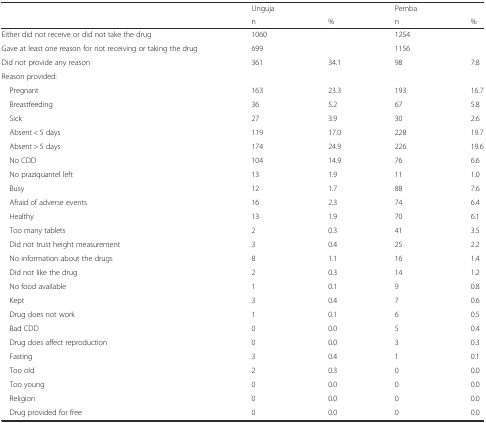
<table><thead><tr><td>[EMPTY_CELL]</td><td><b>Unguja</b></td><td>[EMPTY_CELL]</td><td><b>Pemba</b></td><td>[EMPTY_CELL]</td></tr><tr><td>[EMPTY_CELL]</td><td><b>n</b></td><td><b>%</b></td><td><b>n</b></td><td><b>%</b></td></tr></thead><tbody><tr><td>Either did not receive or did not take the drug</td><td>1060</td><td>[EMPTY_CELL]</td><td>1254</td><td>[EMPTY_CELL]</td></tr><tr><td>Gave at least one reason for not receiving or taking the drug</td><td>699</td><td>[EMPTY_CELL]</td><td>1156</td><td>[EMPTY_CELL]</td></tr><tr><td>Did not provide any reason</td><td>361</td><td>34.1</td><td>98</td><td>7.8</td></tr><tr><td colspan="5">Reason provided:</td></tr><tr><td> Pregnant</td><td>163</td><td>23.3</td><td>193</td><td>16.7</td></tr><tr><td> Breastfeeding</td><td>36</td><td>5.2</td><td>67</td><td>5.8</td></tr><tr><td> Sick</td><td>27</td><td>3.9</td><td>30</td><td>2.6</td></tr><tr><td> Absent &lt; 5 days</td><td>119</td><td>17.0</td><td>228</td><td>19.7</td></tr><tr><td> Absent &gt; 5 days</td><td>174</td><td>24.9</td><td>226</td><td>19.6</td></tr><tr><td> No CDD</td><td>104</td><td>14.9</td><td>76</td><td>6.6</td></tr><tr><td> No praziquantel left</td><td>13</td><td>1.9</td><td>11</td><td>1.0</td></tr><tr><td> Busy</td><td>12</td><td>1.7</td><td>88</td><td>7.6</td></tr><tr><td> Afraid of adverse events</td><td>16</td><td>2.3</td><td>74</td><td>6.4</td></tr><tr><td> Healthy</td><td>13</td><td>1.9</td><td>70</td><td>6.1</td></tr><tr><td> Too many tablets</td><td>2</td><td>0.3</td><td>41</td><td>3.5</td></tr><tr><td> Did not trust height measurement</td><td>3</td><td>0.4</td><td>25</td><td>2.2</td></tr><tr><td> No information about the drugs</td><td>8</td><td>1.1</td><td>16</td><td>1.4</td></tr><tr><td> Did not like the drug</td><td>2</td><td>0.3</td><td>14</td><td>1.2</td></tr><tr><td> No food available</td><td>1</td><td>0.1</td><td>9</td><td>0.8</td></tr><tr><td> Kept</td><td>3</td><td>0.4</td><td>7</td><td>0.6</td></tr><tr><td> Drug does not work</td><td>1</td><td>0.1</td><td>6</td><td>0.5</td></tr><tr><td> Bad CDD</td><td>0</td><td>0.0</td><td>5</td><td>0.4</td></tr><tr><td> Drug does affect reproduction</td><td>0</td><td>0.0</td><td>3</td><td>0.3</td></tr><tr><td> Fasting</td><td>3</td><td>0.4</td><td>1</td><td>0.1</td></tr><tr><td> Too old</td><td>2</td><td>0.3</td><td>0</td><td>0.0</td></tr><tr><td> Too young</td><td>0</td><td>0.0</td><td>0</td><td>0.0</td></tr><tr><td> Religion</td><td>0</td><td>0.0</td><td>0</td><td>0.0</td></tr><tr><td> Drug provided for free</td><td>0</td><td>0.0</td><td>0</td><td>0.0</td></tr></tbody></table>